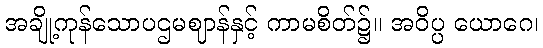
အချို့ကုန်သောပဌမဈာန်နှင့် ကာမစိတ်၌။ အဝိပ္ပ ယောဂေ၊